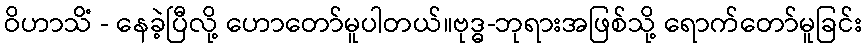
ဝိဟာသိံ - နေခဲ့ပြီလို့ ဟောတော်မူပါတယ်။ဗုဒ္ဓ-ဘုရားအဖြစ်သို့ ရောက်တော်မူခြင်း